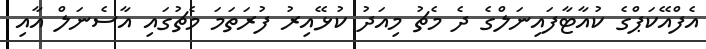
އެފްއޭކަޕްގެ ކުއާޓާފައިނަލްގެ ދެ މެޗު މިއަދު ކުޅޭއިރު ފުރަތަމަ މެޗުގައި އާސެނަލް އާއި